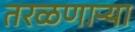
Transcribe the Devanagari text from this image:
तरळणाऱ्या